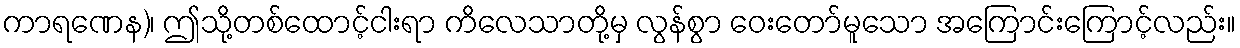
ကာရဏေန)၊ ဤသို့တစ်ထောင့်ငါးရာ ကိလေသာတို့မှ လွန်စွာ ဝေးတော်မူသော အကြောင်းကြောင့်လည်း။